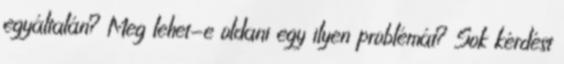
egyáltalán? Meg lehet-e oldani egy ilyen problémát? Sok kérdést